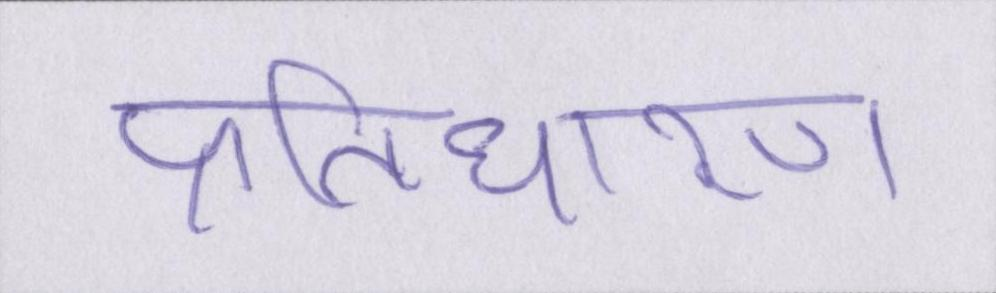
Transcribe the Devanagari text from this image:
प्रतिधारण